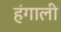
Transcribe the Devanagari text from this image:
हंगाली